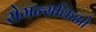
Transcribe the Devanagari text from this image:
रोमन्सकिओ